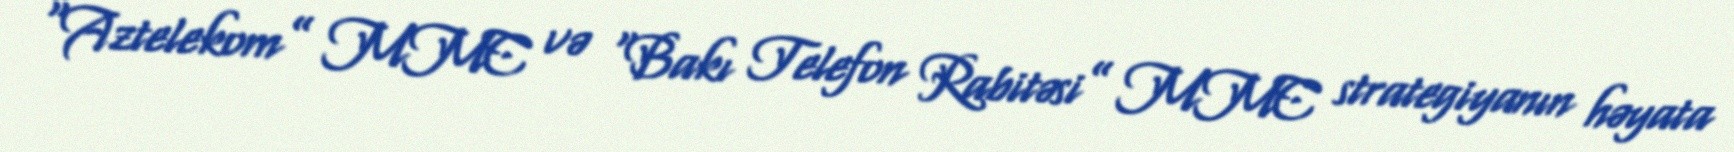
“Aztelekom” MMC və “Bakı Telefon Rabitəsi” MMC strategiyanın həyata